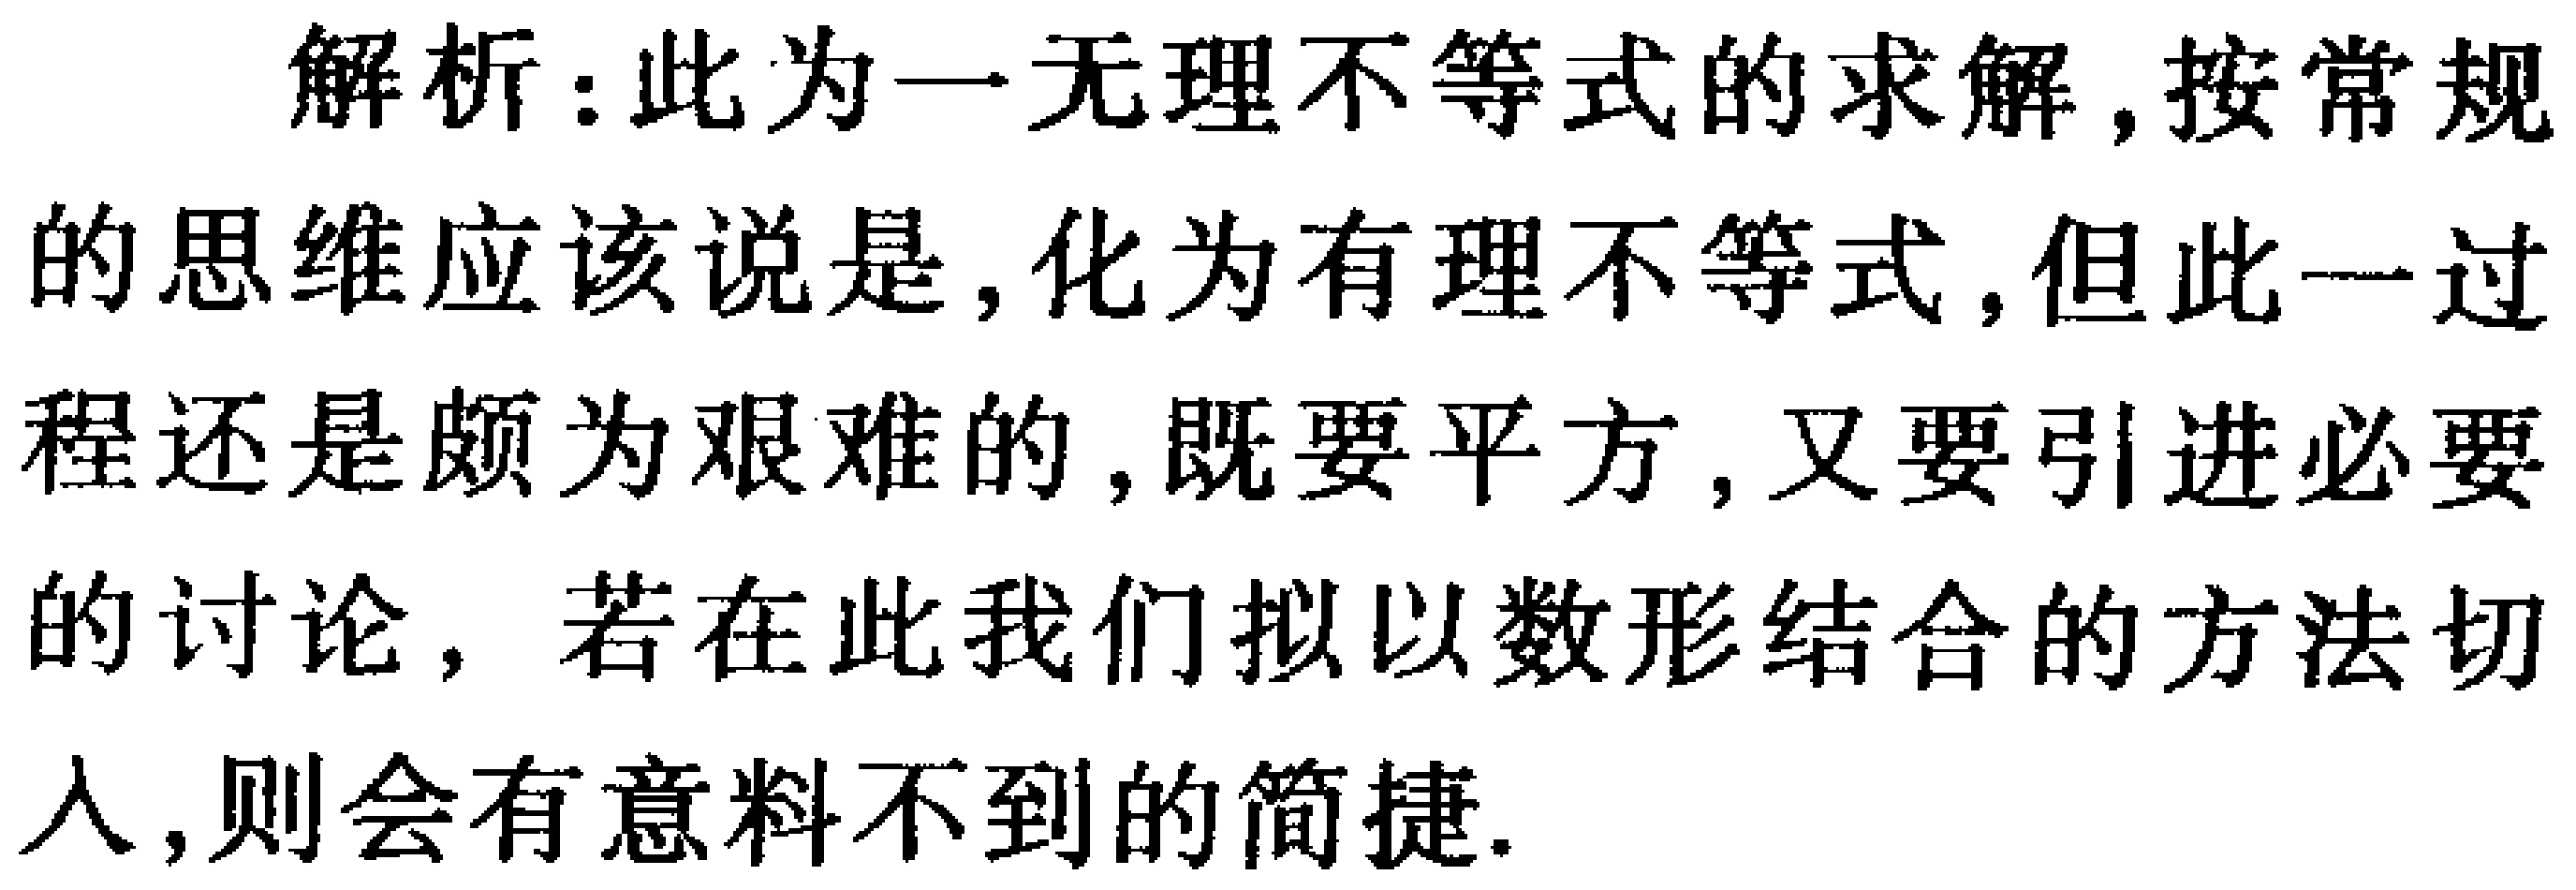
解析：此为一无理不等式的求解,按常规的思维应该说是,化为有理不等式,但此一过程还是颇为艰难的,既要平方,又要引进必要的讨论，若在此我们拟以数形结合的方法切入,则会有意料不到的简捷.